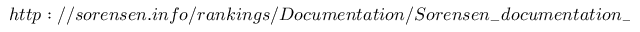
h t t p : / / s o r e n s e n . i n f o / r a n k i n g s / D o c u m e n t a t i o n / S o r e n s e n _ { - } d o c u m e n t a t i o n _ { - } v 1 . p d f